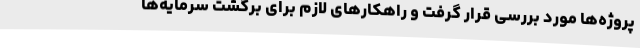
پروژه‌ها مورد بررسی قرار گرفت و راهکارهای لازم برای برگشت سرمایه‌ها